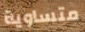
متساوية